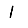
Digit: 1